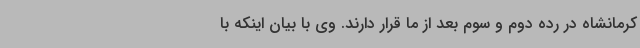
کرمانشاه در رده دوم و سوم بعد از ما قرار دارند. وی با بیان اینکه با